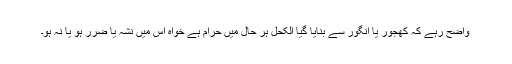
واضح رہے کہ کھجور یا انگور سے بنایا گیا الکحل ہر حال میں حرام ہے خواہ اس میں نشہ یا ضرر ہو یا نہ ہو۔